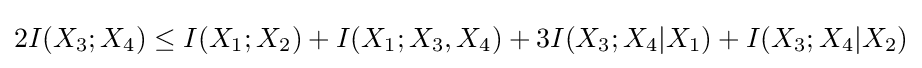
2I(X_{3};X_{4})\leq I(X_{1};X_{2})+I(X_{1};X_{3},X_{4})+3I(X_{3};X_{4}|X_{1})+I(X_{3};X_{4}|X_{2})